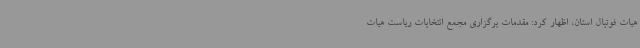
هیات فوتبال استان، اظهار کرد: مقدمات برگزاری مجمع انتخابات ریاست هیات